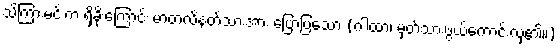
သိကြားမင်းက ရှိခိုးကြောင်း မာတလိနတ်သားအား ပြောပြသော (ဂါထာ၊ မှတ်သားဖွယ်ကောင်းလှ၏။)